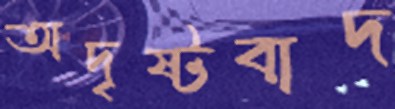
অদৃষ্টবাদ